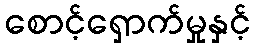
စောင့်ရှောက်မှုနှင့်